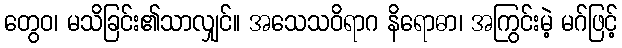
တွေဝ၊ မသိခြင်း၏သာလျှင်။ အသေသဝိရာဂ နိရောဓာ၊ အကြွင်းမဲ့ မဂ်ဖြင့်